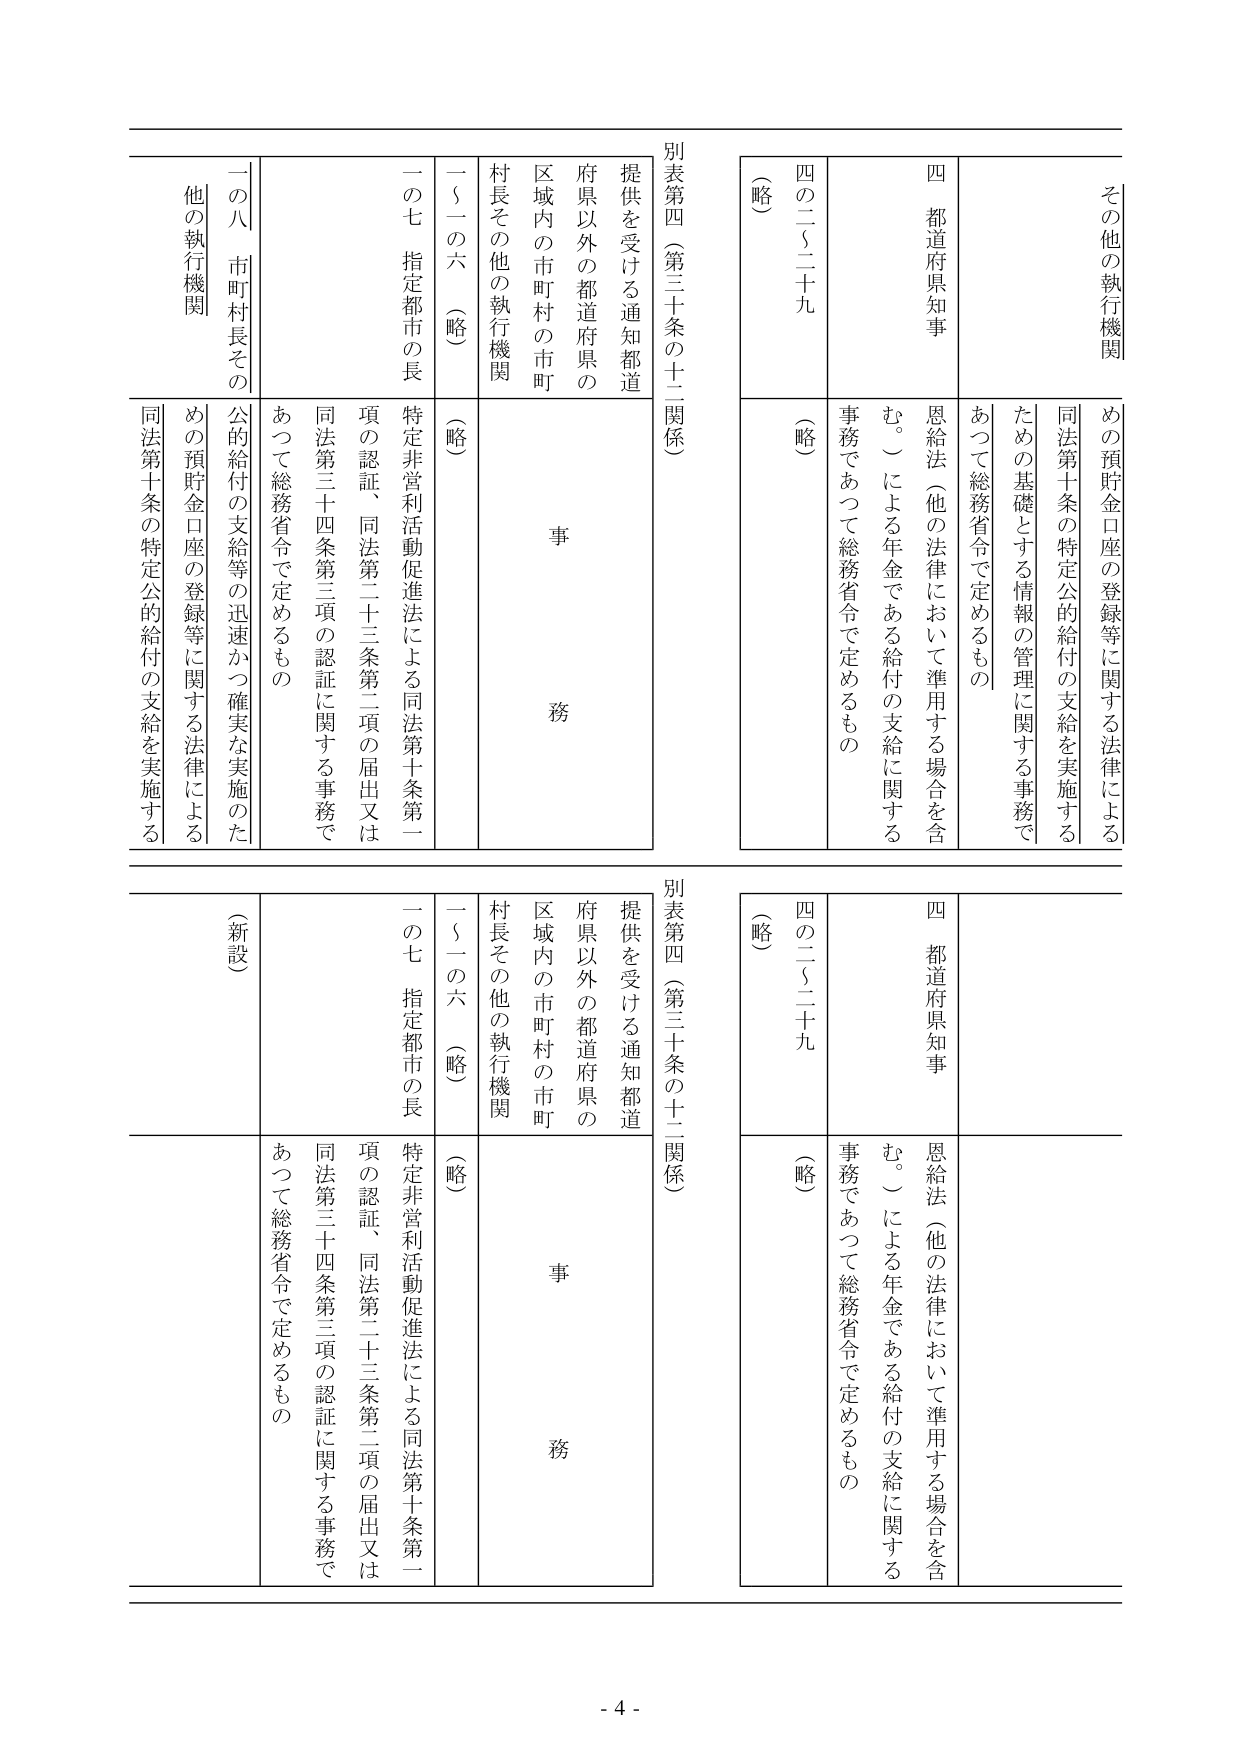
その他の執行機関
めの預貯金口座の登録等に関する法律による
同法第十条の特定公的給付の支給を実施する
ための基礎とする情報の管理に関する事務であって総務省令で定めるもの
四 都道府県知事
恩給法（他の法律において準用する場合を含む。）による年金である給付の支給に関する事務であって総務省令で定めるもの
四の二～二十九
（略）
別表第四（第三十条の十一関係）
提供を受ける通知都道府県以外の都道府県の区域内の市町村の市町村長その他の執行機関
事務
一～六 （略）
一の七 指定都市の長
特定非営利活動促進法による同法第十条第一項の認証、同法第二十三条第二項の届出又は同法第三十四条第三項の認証に関する事務であって総務省令で定めるもの
一の八 市町村長その他の執行機関
公的給付の支給等の迅速かつ確実な実施のための預貯金口座の登録等に関する法律による同法第十条の特定公的給付の支給を実施する

（新設）
その他の執行機関
めの預貯金口座の登録等に関する法律による
同法第十条の特定公的給付の支給を実施する
ための基礎とする情報の管理に関する事務であって総務省令で定めるもの
四 都道府県知事
恩給法（他の法律において準用する場合を含む。）による年金である給付の支給に関する事務であって総務省令で定めるもの
四の二～二十九
（略）
別表第四（第三十条の十一関係）
提供を受ける通知都道府県以外の都道府県の区域内の市町村の市町村長その他の執行機関
事務
一～六 （略）
一の七 指定都市の長
特定非営利活動促進法による同法第十条第一項の認証、同法第二十三条第二項の届出又は同法第三十四条第三項の認証に関する事務であって総務省令で定めるもの

- 4 -